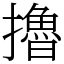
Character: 擼